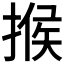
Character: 𢰡